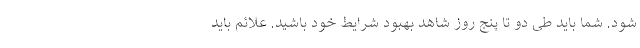
شود. شما باید طی دو تا پنج روز شاهد بهبود شرایط خود باشید. علائم باید